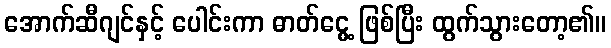
အောက်ဆီဂျင်နှင့် ပေါင်းကာ ဓာတ်ငွေ့ ဖြစ်ပြီး ထွက်သွားတော့၏။